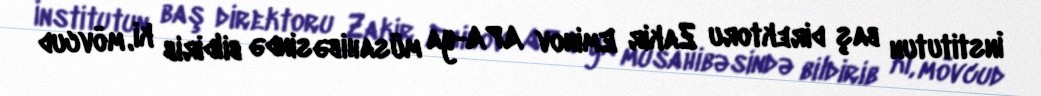
İnstitutun baş direktoru Zakir Eminov APA-ya müsahibəsində bildirib ki, mövcud